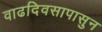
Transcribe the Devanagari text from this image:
वाढदिवसापासुन